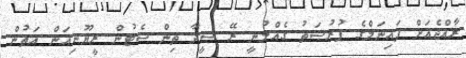
ރާއްޖެއަށް ފައިނަލްގެ ފުރުޞަތު ގެއްލުނީ ރޭ ސީދާ ތިން ސެޓުން ރީޔޫނިއަން އަތުން